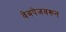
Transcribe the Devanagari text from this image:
वेबपेजवरून